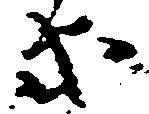
等